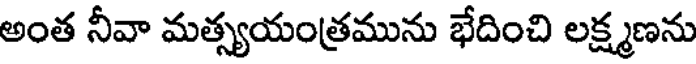
అంత నీవా మత్స్యయంత్రమును భేదించి లక్ష్మణను